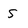
Character: s